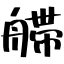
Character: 艜